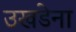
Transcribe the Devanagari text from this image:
उखडेना